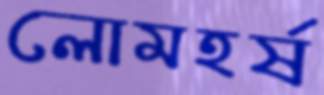
লোমহর্ষ